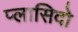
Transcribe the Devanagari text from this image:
प्लासिदो